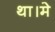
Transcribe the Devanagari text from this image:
था।मे